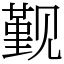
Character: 觐